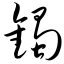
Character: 镯